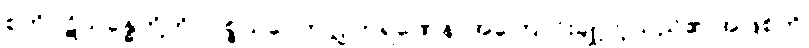
စုတိပဋိသန္ဓေတို့ကို။ ပစ္စယဝေကလ္လကရဏေန၊ အကြောင်းချို့တဲ့သည်၏ အဖြစ်ကို